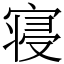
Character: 寝